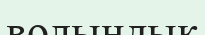
волындық